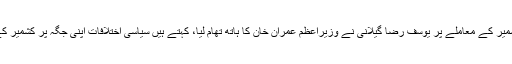
23 ستمبر2019ء) مسئلہ کشمیر کے معاملے پر یوسف رضا گیلانی نے وزیراعظم عمران خان کا ہاتھ تھام لیا، کہتے ہیں سیاسی اختلافات اپنی جگہ پر کشمیر کے مسئلے پر ہم سب ایک ہیں۔